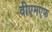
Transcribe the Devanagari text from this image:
वीएमएफ